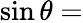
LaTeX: \sin\theta=